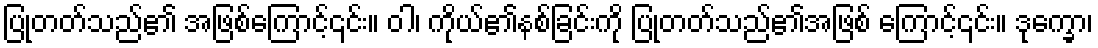
ပြုတတ်သည်၏ အဖြစ်ကြောင့်၎င်း။ ဝါ၊ ကိုယ်၏နစ်ခြင်းကို ပြုတတ်သည်၏အဖြစ် ကြောင့်၎င်း။ ဒုက္ခော၊